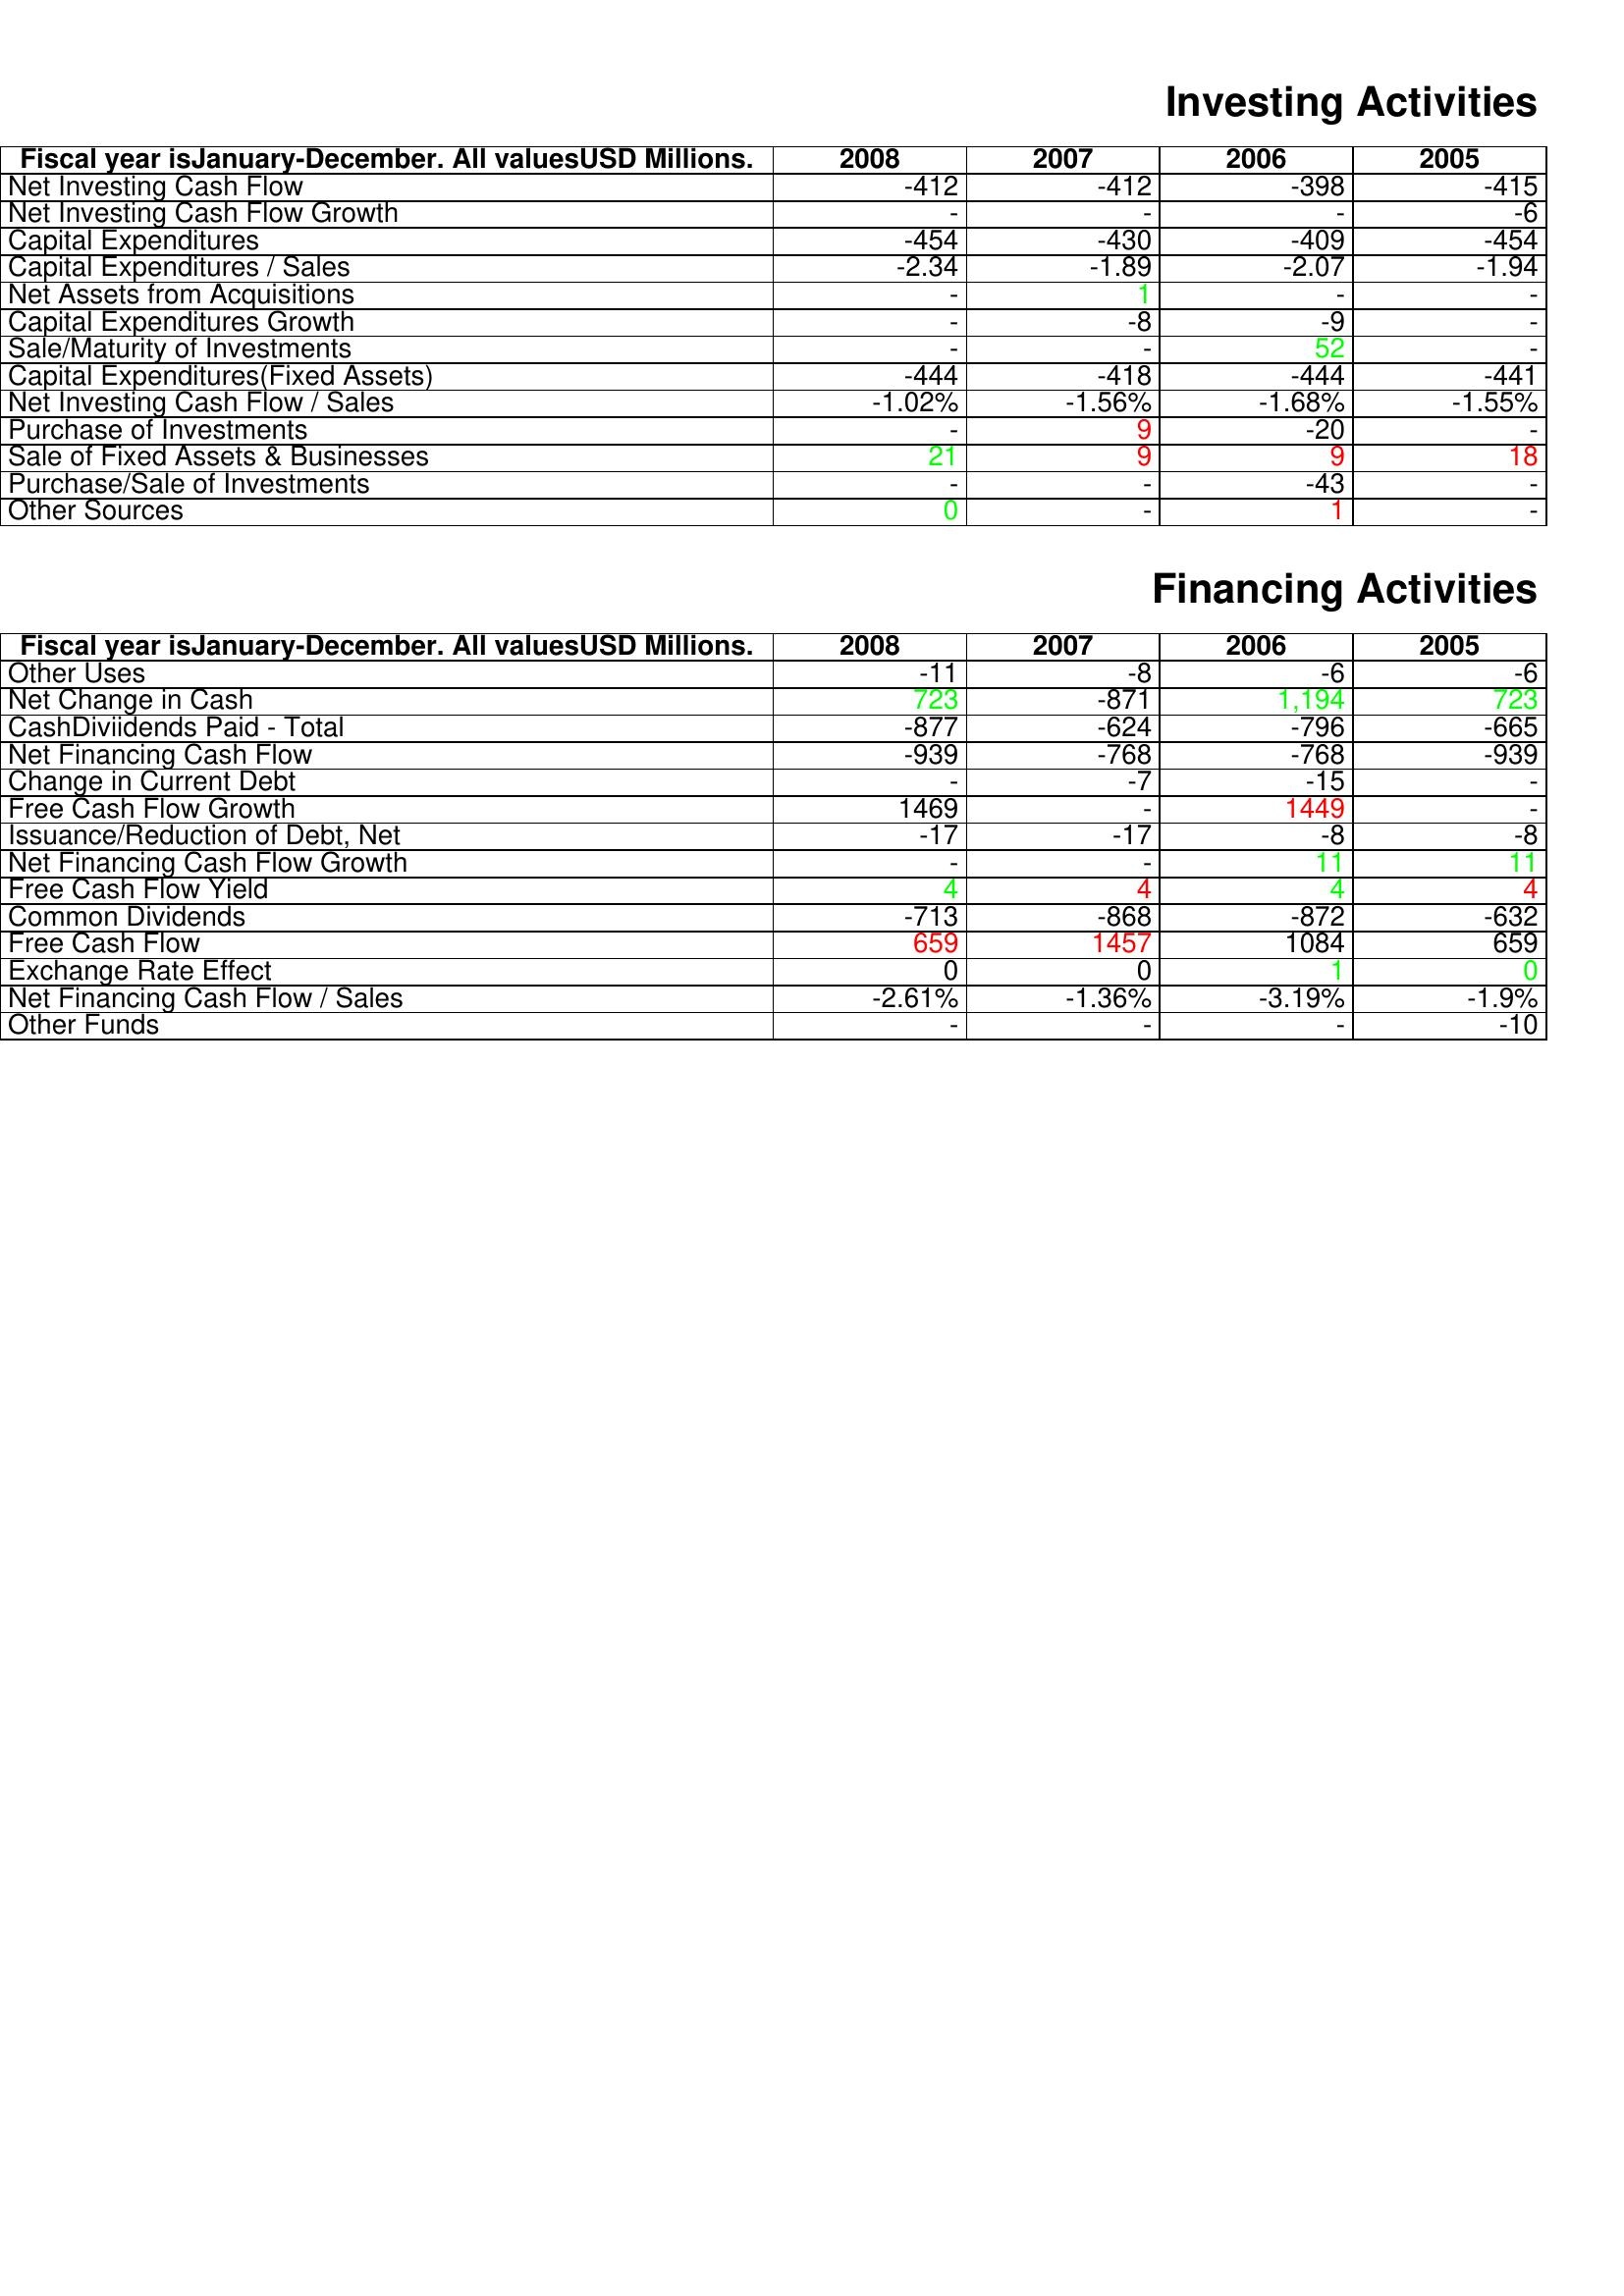
gt_parse: 2008: Investing Activities: Net Investing Cash Flow: -412
Net Investing Cash Flow Growth: -
Capital Expenditures: -454
Capital Expenditures / Sales: -2.34
Net Assets from Acquisitions: -
Capital Expenditures Growth: -
Sale/Maturity of Investments: -
Capital Expenditures(Fixed Assets): -444
Net Investing Cash Flow / Sales: -1.02%
Purchase of Investments: -
Sale of Fixed Assets & Businesses: 21
Purchase/Sale of Investments: -
Other Sources: 0
Financing Activities: Other Uses: -11
Net Change in Cash: 723
CashDiviidends Paid - Total: -877
Net Financing Cash Flow: -939
Change in Current Debt: -
Free Cash Flow Growth: 1469
Issuance/Reduction of Debt, Net: -17
Net Financing Cash Flow Growth: -
Free Cash Flow Yield: 4
Common Dividends: -713
Free Cash Flow: 659
Exchange Rate Effect: 0
Net Financing Cash Flow / Sales: -2.61%
Other Funds: -
2007: Investing Activities: Net Investing Cash Flow: -412
Net Investing Cash Flow Growth: -
Capital Expenditures: -430
Capital Expenditures / Sales: -1.89
Net Assets from Acquisitions: 1
Capital Expenditures Growth: -8
Sale/Maturity of Investments: -
Capital Expenditures(Fixed Assets): -418
Net Investing Cash Flow / Sales: -1.56%
Purchase of Investments: 9
Sale of Fixed Assets & Businesses: 9
Purchase/Sale of Investments: -
Other Sources: -
Financing Activities: Other Uses: -8
Net Change in Cash: -871
CashDiviidends Paid - Total: -624
Net Financing Cash Flow: -768
Change in Current Debt: -7
Free Cash Flow Growth: -
Issuance/Reduction of Debt, Net: -17
Net Financing Cash Flow Growth: -
Free Cash Flow Yield: 4
Common Dividends: -868
Free Cash Flow: 1457
Exchange Rate Effect: 0
Net Financing Cash Flow / Sales: -1.36%
Other Funds: -
2006: Investing Activities: Net Investing Cash Flow: -398
Net Investing Cash Flow Growth: -
Capital Expenditures: -409
Capital Expenditures / Sales: -2.07
Net Assets from Acquisitions: -
Capital Expenditures Growth: -9
Sale/Maturity of Investments: 52
Capital Expenditures(Fixed Assets): -444
Net Investing Cash Flow / Sales: -1.68%
Purchase of Investments: -20
Sale of Fixed Assets & Businesses: 9
Purchase/Sale of Investments: -43
Other Sources: 1
Financing Activities: Other Uses: -6
Net Change in Cash: 1,194
CashDiviidends Paid - Total: -796
Net Financing Cash Flow: -768
Change in Current Debt: -15
Free Cash Flow Growth: 1449
Issuance/Reduction of Debt, Net: -8
Net Financing Cash Flow Growth: 11
Free Cash Flow Yield: 4
Common Dividends: -872
Free Cash Flow: 1084
Exchange Rate Effect: 1
Net Financing Cash Flow / Sales: -3.19%
Other Funds: -
2005: Investing Activities: Net Investing Cash Flow: -415
Net Investing Cash Flow Growth: -6
Capital Expenditures: -454
Capital Expenditures / Sales: -1.94
Net Assets from Acquisitions: -
Capital Expenditures Growth: -
Sale/Maturity of Investments: -
Capital Expenditures(Fixed Assets): -441
Net Investing Cash Flow / Sales: -1.55%
Purchase of Investments: -
Sale of Fixed Assets & Businesses: 18
Purchase/Sale of Investments: -
Other Sources: -
Financing Activities: Other Uses: -6
Net Change in Cash: 723
CashDiviidends Paid - Total: -665
Net Financing Cash Flow: -939
Change in Current Debt: -
Free Cash Flow Growth: -
Issuance/Reduction of Debt, Net: -8
Net Financing Cash Flow Growth: 11
Free Cash Flow Yield: 4
Common Dividends: -632
Free Cash Flow: 659
Exchange Rate Effect: 0
Net Financing Cash Flow / Sales: -1.9%
Other Funds: -10